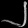
Digit: ၂